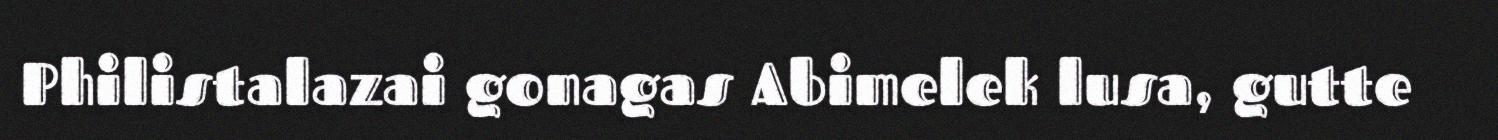
Philistalazai gonagas Abimelek lusa, gutte